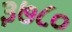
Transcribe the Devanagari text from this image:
३७८०